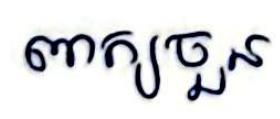
ពាក្យចួន